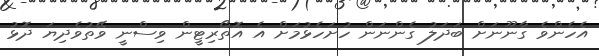
އެހެންވެ ގާނޫނަށް ބަދަލު ގެންނަން ހުށަހެޅުމަށް އެ އޮތޯރިޓީން ވިސްނީ ވޭތުވެދިޔަ ދޮޅު